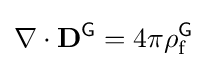
\nabla \cdot \mathbf {D} ^{\textsf {G}}=4\pi \rho _{\text{f}}^{\textsf {G}}